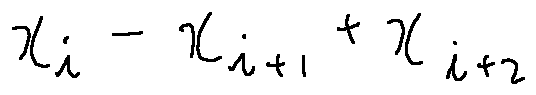
x _ { i } - x _ { i + 1 } + x _ { i + 2 }